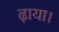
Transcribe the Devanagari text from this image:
ढ़ाया।